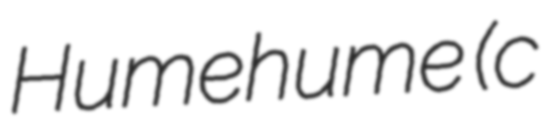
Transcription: Humehume (c